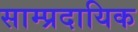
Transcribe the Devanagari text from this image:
साम्‍प्रदायिक